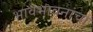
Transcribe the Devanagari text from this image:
भावभावनांचा